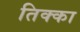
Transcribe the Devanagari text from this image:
तिक्का